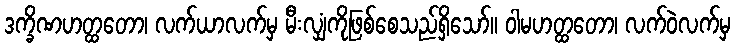
ဒက္ခိဏဟတ္ထတော၊ လက်ယာလက်မှ မီးလျှံကိုဖြစ်စေသည်ရှိသော်။ ဝါမဟတ္ထတော၊ လက်ဝဲလက်မှ